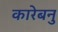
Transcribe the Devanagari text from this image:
कारेबनु